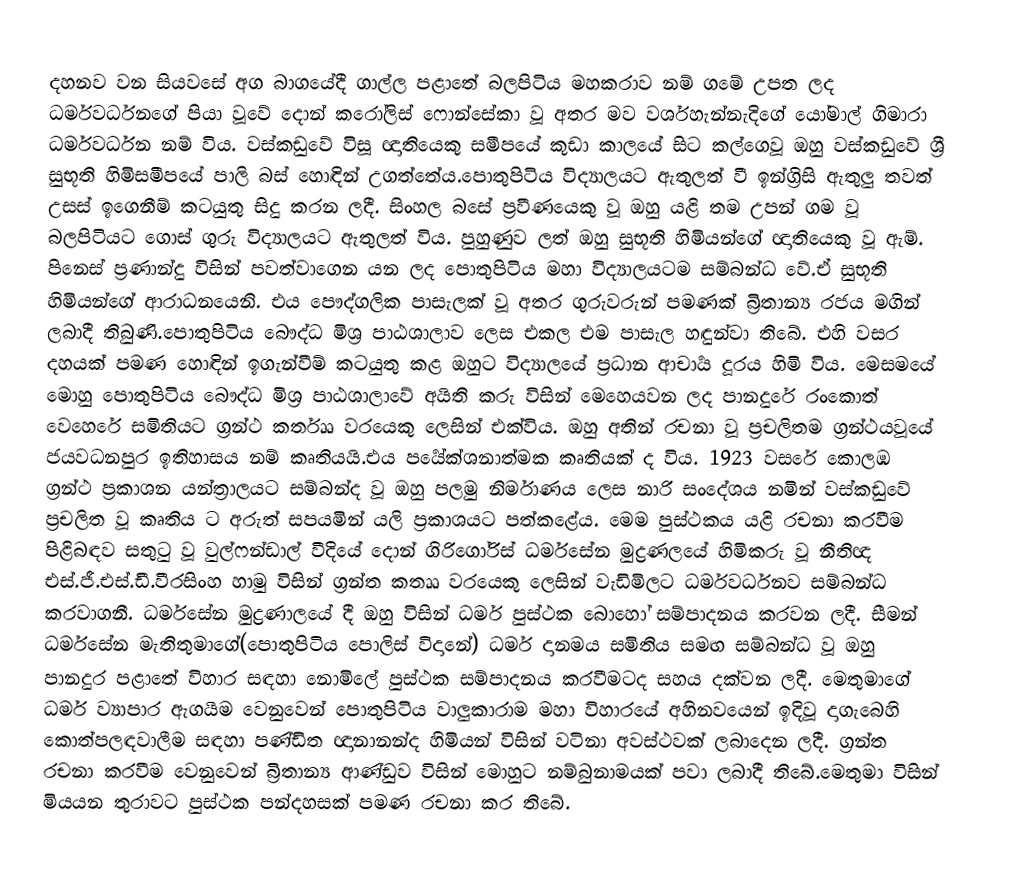
දහනව වන සියවසේ අග බාගයේදී ගාල්ල පළාතේ බලපිටිය මහකරාව නම් ගමේ උපත ලද ධර්මවර්ධනගේ පියා වූවේ දොන් කරෝලිස් ෆොන්සේකා වූ අතර මව වර්ශහැන්නැදිගේ යෝමාල් ගිමාරා ධර්මවර්ධන නම් විය. වස්කඩුවේ විසූ ඥාතියෙකු සමීපයේ කුඩා කාලයේ සිට කල්ගෙවූ ඔහු වස්කඩුවේ ශ්‍රී සුභූති හිමිසමීපයේ පාලි බස් හොඳින් උගත්තේය.පොතුපිටිය විද්‍යාලයට ඇතුලත් වී ඉන්ග්‍රිසි ඇතුලු තවත් උසස් ඉගෙනීම් කටයුතු සිදු කරන ලදී. සිංහල බසේ ප්‍රවීණයෙකු වූ ඔහු යළි තම උපන් ගම වූ බලපිටියට ගොස් ගුරු විද්‍යාලයට ඇතුලත් විය. පුහුණුව ලත් ඔහු සුභූති හිමියන්ගේ ඥාතියෙකු වූ ඇම්. පිනෙස් ප්‍රණාන්දු විසින් පවත්වාගෙන යන ලද පොතුපිටිය මහා විද්‍යාලයටම සම්බන්ධ වේ.ඒ සුභූති හිමියන්ගේ ආරාධනයෙනි. එය පෞද්ගලික පාසැලක් වූ අතර ගුරුවරුන් පමණක් බ්‍රිතාන්‍ය රජය මගින් ලබාදී තිබුණි.පොතුපිටිය බෞද්ධ මිශ්‍ර පාඨශාලාව ලෙස එකල එම පාසැල හඳුන්වා තිබේ. එහි වසර දහයක් පමණ හොඳින් ඉගැන්වීම් කටයුතු කළ ඔහුට විද්‍යාලයේ ප්‍රධාන ආචාර්‍ය දූරය හිමි විය. මෙසමයේ මොහු පොතුපිටිය බෞද්ධ මිශ්‍ර පාඨශාලාවේ අයිති කරු විසින් මෙහෙයවන ලද පානදුරේ රංකොත් වෙහෙරේ සමිතියට ග්‍රන්ථ කර්තෲ වරයෙකු ලෙසින් එක්විය. ඔහු අතින් රචනා වූ ප්‍රචලිතම ග්‍රන්ථයවූයේ ජයවධනපුර ඉතිහාසය නම් කෘතියයි.එය පර්‍යේක්ශනාත්මක කෘතියක් ද විය. 1923 වසරේ කොලඹ ග්‍රන්ථ ප්‍රකාශන යන්ත්‍රාලයට සම්බන්ද වූ ඔහු පලමු නිර්මාණය ලෙස නාරි සංදේශය නමින් වස්කඩුවේ ප්‍රචලිත වූ කෘතිය ට අරුත් සපයමින් යලි ප්‍රකාශයට පත්කළේය. මෙම පුස්ථකය යළි රචනා කරවීම පිළිබඳව සතුටු වූ වුල්ෆන්ඩාල් වීදියේ දොන් ගිරිගෝරිස් ධර්මසේන මුද්‍රණලයේ හිමිකරු වූ නීතිඥ එස්.ජී.එස්.ඩී.වීරසිංහ හාමු විසින් ග්‍රන්ත කතෲ වරයෙකු ලෙසින් වැඩිමිලට ධර්මවර්ධනව සම්බන්ධ කරවාගනී. ධර්මසේන මුද්‍රණාලයේ දී ඔහු විසින් ධර්ම පුස්ථක බොහෝ සම්පාදනය කරවන ලදී. සීමන් ධර්මසේන මැතිතුමාගේ(පොතුපිටිය පොලිස් විදානේ) ධර්ම දානමය සමිතිය සමඟ සම්බන්ධ වූ ඔහු පානදුර පළාතේ විහාර සඳහා නොමිලේ පුස්ථක සම්පාදනය කරවීමටද සහය දක්වන ලදී. මෙතුමාගේ ධර්ම ව්‍යාපාර ඇගයීම වෙනුවෙන් පොතුපිටිය වාලුකාරාම මහා විහාරයේ අහිනවයෙන් ඉදිවූ දාගැබෙහි කොත්පලඳවාලීම සඳහා පණ්ඩිත ඥානානන්ද හිමියන් විසින් වටිනා අවස්ථවක් ලබාදෙන ලදී. ග්‍රන්ත රචනා කරවීම වෙනුවෙන් බ්‍රිතාන්‍ය ආණ්ඩුව විසින් මොහුට නම්බුනාමයක් පවා ලබාදී තිබේ.මෙතුමා විසින් මියයන තුරාවට පුස්ථක පන්දහසක් පමණ රචනා කර තිබේ.